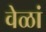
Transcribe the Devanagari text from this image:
वेळां